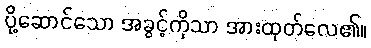
ပို့ဆောင်သော အခွင့်ကိုသာ အားထုတ်လေ၏။